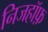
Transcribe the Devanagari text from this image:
निजहॉफ़